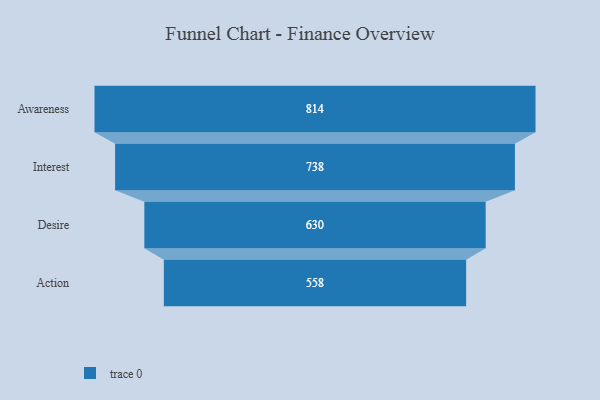
{"axis": {"x": "Stage", "y": "Value"}, "legend": [""], "data": [{"x": "Awareness", "y": 814.0, "type": ""}, {"x": "Interest", "y": 738.0, "type": ""}, {"x": "Desire", "y": 630.0, "type": ""}, {"x": "Action", "y": 558.0, "type": ""}]}